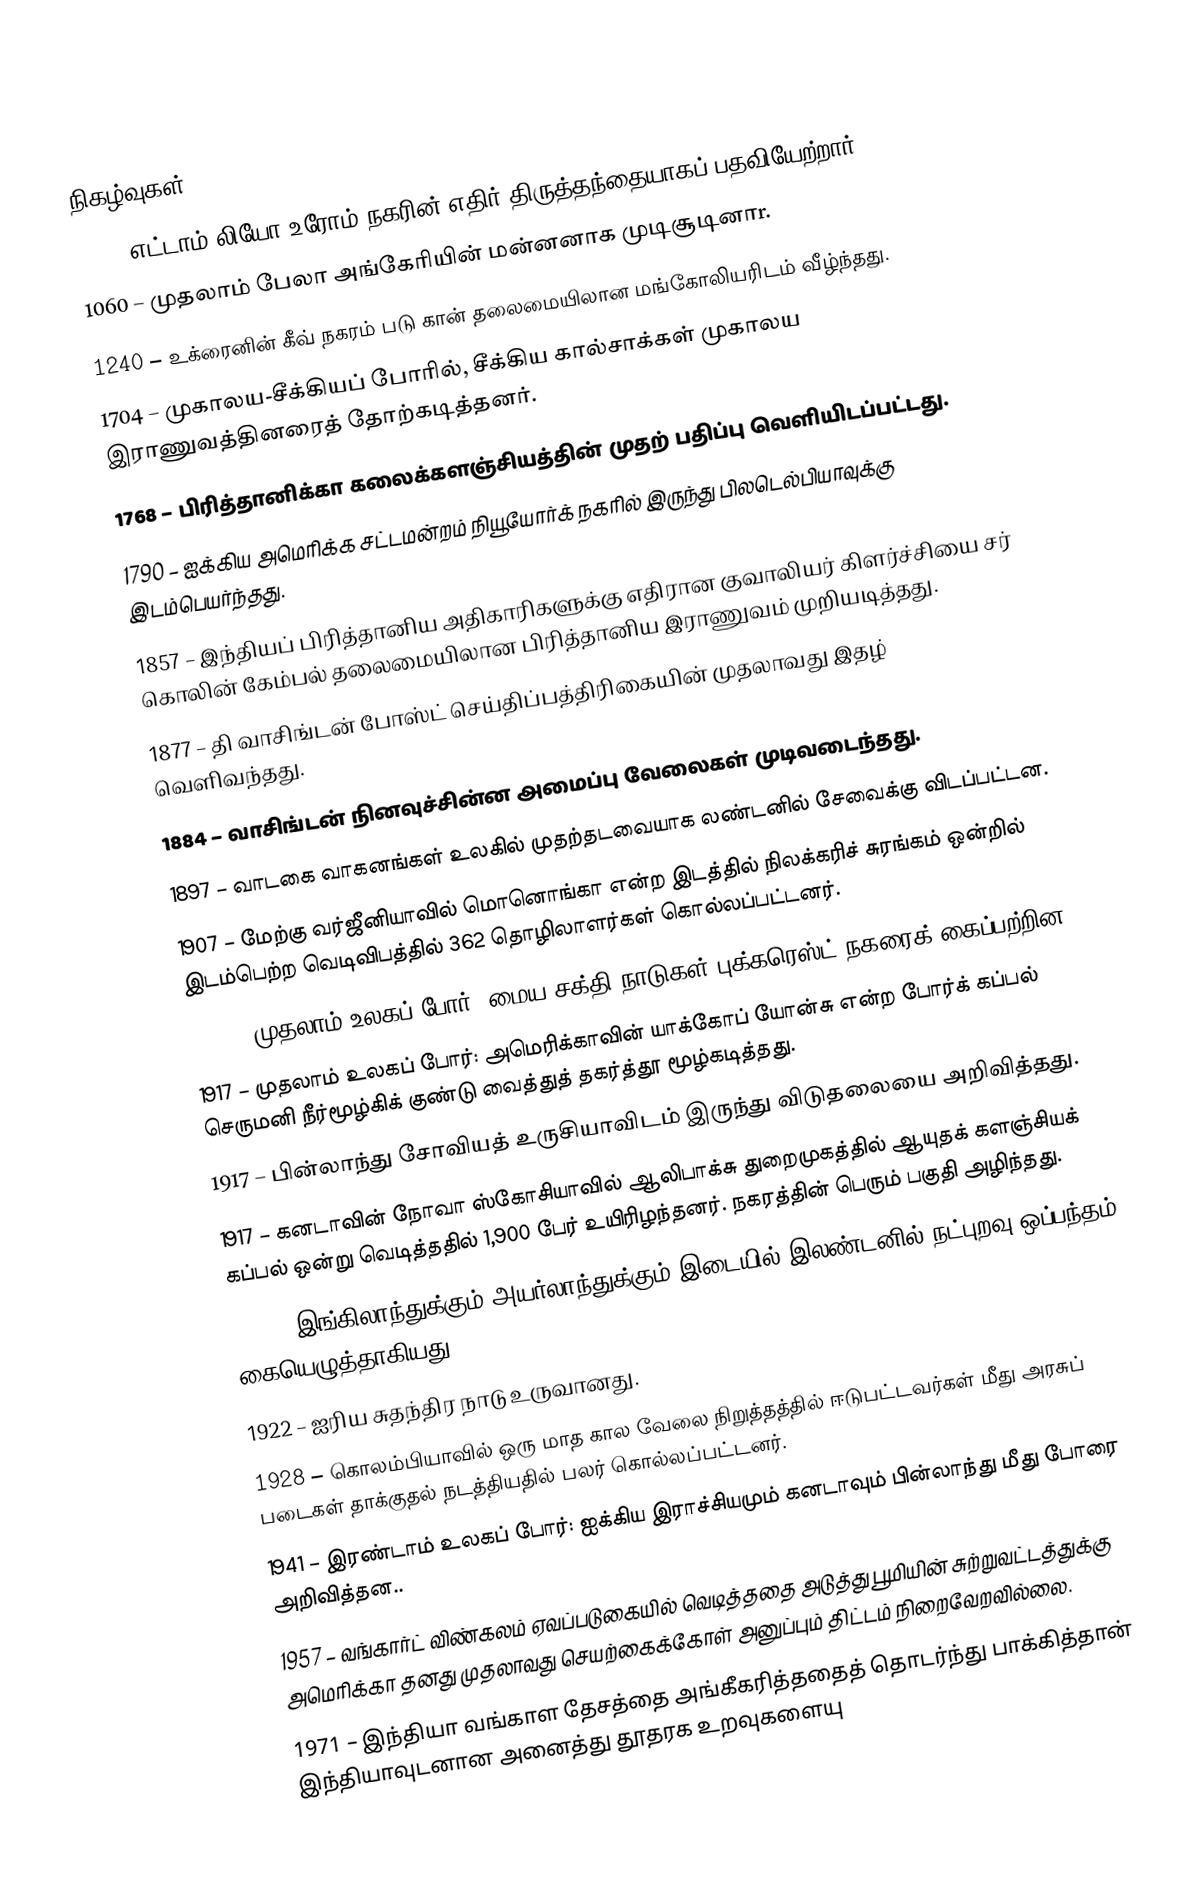

நிகழ்வுகள்
 963 – எட்டாம் லியோ உரோம் நகரின் எதிர்-திருத்தந்தையாகப் பதவியேற்றார்.
1060 – முதலாம் பேலா அங்கேரியின் மன்னனாக முடிசூடினாr.
1240 – உக்ரைனின் கீவ் நகரம் படு கான் தலைமையிலான மங்கோலியரிடம் வீழ்ந்தது.
1704 – முகாலய-சீக்கியப் போரில், சீக்கிய கால்சாக்கள் முகாலய இராணுவத்தினரைத் தோற்கடித்தனர்.
1768 – பிரித்தானிக்கா கலைக்களஞ்சியத்தின் முதற் பதிப்பு வெளியிடப்பட்டது.
1790 – ஐக்கிய அமெரிக்க சட்டமன்றம் நியூயோர்க் நகரில் இருந்து பிலடெல்பியாவுக்கு இடம்பெயர்ந்தது.
1857 – இந்தியப் பிரித்தானிய அதிகாரிகளுக்கு எதிரான குவாலியர் கிளர்ச்சியை சர் கொலின் கேம்பல் தலைமையிலான பிரித்தானிய இராணுவம் முறியடித்தது.
1877 – தி வாசிங்டன் போஸ்ட் செய்திப்பத்திரிகையின் முதலாவது இதழ் வெளிவந்தது.
1884 – வாசிங்டன் நினவுச்சின்ன அமைப்பு வேலைகள் முடிவடைந்தது.
1897 – வாடகை வாகனங்கள் உலகில் முதற்தடவையாக லண்டனில் சேவைக்கு விடப்பட்டன.
1907 – மேற்கு வர்ஜீனியாவில் மொனொங்கா என்ற இடத்தில் நிலக்கரிச் சுரங்கம் ஒன்றில் இடம்பெற்ற வெடிவிபத்தில் 362 தொழிலாளர்கள் கொல்லப்பட்டனர்.
1916 – முதலாம் உலகப் போர்: மைய சக்தி நாடுகள் புக்கரெஸ்ட் நகரைக் கைப்பற்றின.
1917 – முதலாம் உலகப் போர்: அமெரிக்காவின் யாக்கோப் யோன்சு என்ற போர்க் கப்பல் செருமனி நீர்மூழ்கிக் குண்டு வைத்துத் தகர்த்தூ மூழ்கடித்தது.
1917 – பின்லாந்து சோவியத் உருசியாவிடம் இருந்து விடுதலையை அறிவித்தது.
1917 – கனடாவின் நோவா ஸ்கோசியாவில் ஆலிபாக்சு துறைமுகத்தில் ஆயுதக் களஞ்சியக் கப்பல் ஒன்று வெடித்ததில் 1,900 பேர் உயிரிழந்தனர். நகரத்தின் பெரும் பகுதி அழிந்தது.
1921 – இங்கிலாந்துக்கும் அயர்லாந்துக்கும் இடையில் இலண்டனில் நட்புறவு ஒப்பந்தம் கையெழுத்தாகியது.
1922 – ஐரிய சுதந்திர நாடு உருவானது.
1928 – கொலம்பியாவில் ஒரு மாத கால வேலை நிறுத்தத்தில் ஈடுபட்டவர்கள் மீது அரசுப் படைகள் தாக்குதல் நடத்தியதில் பலர் கொல்லப்பட்டனர்.
1941 – இரண்டாம் உலகப் போர்:  ஐக்கிய இராச்சியமும் கனடாவும் பின்லாந்து மீது போரை அறிவித்தன..
1957 – வங்கார்ட் விண்கலம் ஏவப்படுகையில் வெடித்ததை அடுத்து பூமியின் சுற்றுவட்டத்துக்கு அமெரிக்கா தனது முதலாவது செயற்கைக்கோள் அனுப்பும் திட்டம் நிறைவேறவில்லை.
1971 – இந்தியா வங்காள தேசத்தை அங்கீகரித்ததைத் தொடர்ந்து பாக்கித்தான் இந்தியாவுடனான அனைத்து தூதரக உறவுகளையு